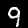
Digit: 9